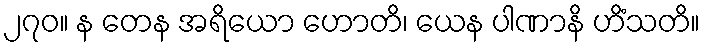
၂၇၀။ န တေန အရိယော ဟောတိ၊ ယေန ပါဏာနိ ဟိံသတိ။